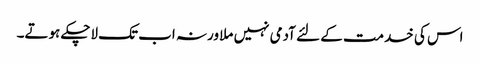
اس کی خدمت کے لئے آدمی نہیں ملا ورنہ اب تک لاچکے ہوتے۔